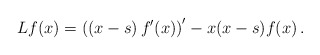
\begin{align*}Lf(x)=\left(\left(x-s\right) f^\prime(x)\right)^\prime - x(x-s) f(x)\, .\end{align*}